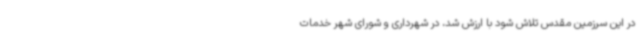
در این سرزمین مقدس تلاش شود با ارزش شد، در شهرداری و شورای شهر خدمات